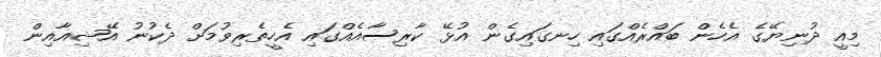
މިއީ ދުނިޔޭގެ އެހެން ބައްރެއްގައި ހިނގައިގެން އުޅޭ ކާރިސާއެއްގައި އެހީތެރިވުމަށް ދެކުނު އޭޝިއާއިން